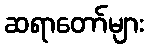
ဆရာတော်များ